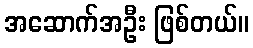
အဆောက်အဦး ဖြစ်တယ်။